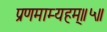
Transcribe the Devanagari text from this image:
प्रणमाम्यहम्॥५॥